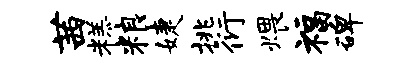
茜糕粮婕挑衍煨福碑